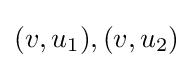
(v,u_{1}),(v,u_{2})